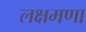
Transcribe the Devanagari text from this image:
लक्षमणा